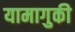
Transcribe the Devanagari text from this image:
यामागुकी